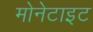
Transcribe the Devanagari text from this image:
मोनेटाइट